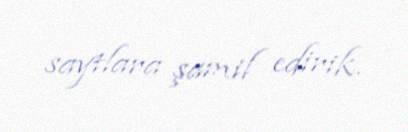
saytlara şamil edirik.